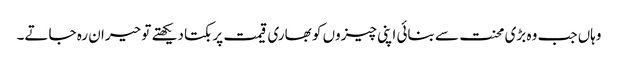
وہاں جب وہ بڑی محنت سے بنائی اپنی چیزوں کو بھاری قیمت پر بکتا دیکھتے تو حیران رہ جاتے۔